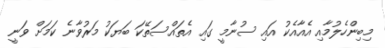
މިބިންހެލުމާއި އެއާއެކު އައި ސުނާމީ ގައި އެތައްސަތޭކަ ބަޔަކު މަރުވާނެ ކަމަށް ވަނީ